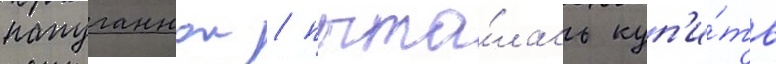
напуганнои / пыта́лась куп'и́ть